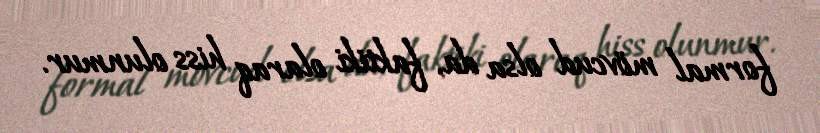
formal mövcud olsa da, faktiki olaraq hiss olunmur.